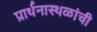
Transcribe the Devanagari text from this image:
प्रार्थनास्थळांची